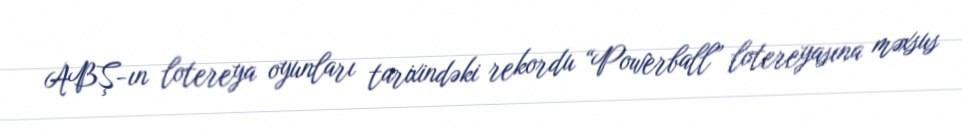
ABŞ-ın lotereya oyunları tarixindəki rekordu “Powerball” lotereyasına məxsus